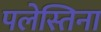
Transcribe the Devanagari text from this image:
पलेस्तिना